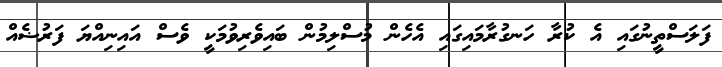
ފަލަސްތީނުގައި އެ ކުރާ ހަނގުރާމައިގައި އެހެން މުސްލިމުން ބައިވެރިވުމަކީ ވެސް އައިނިއްޔަ ފަރުޟެއް